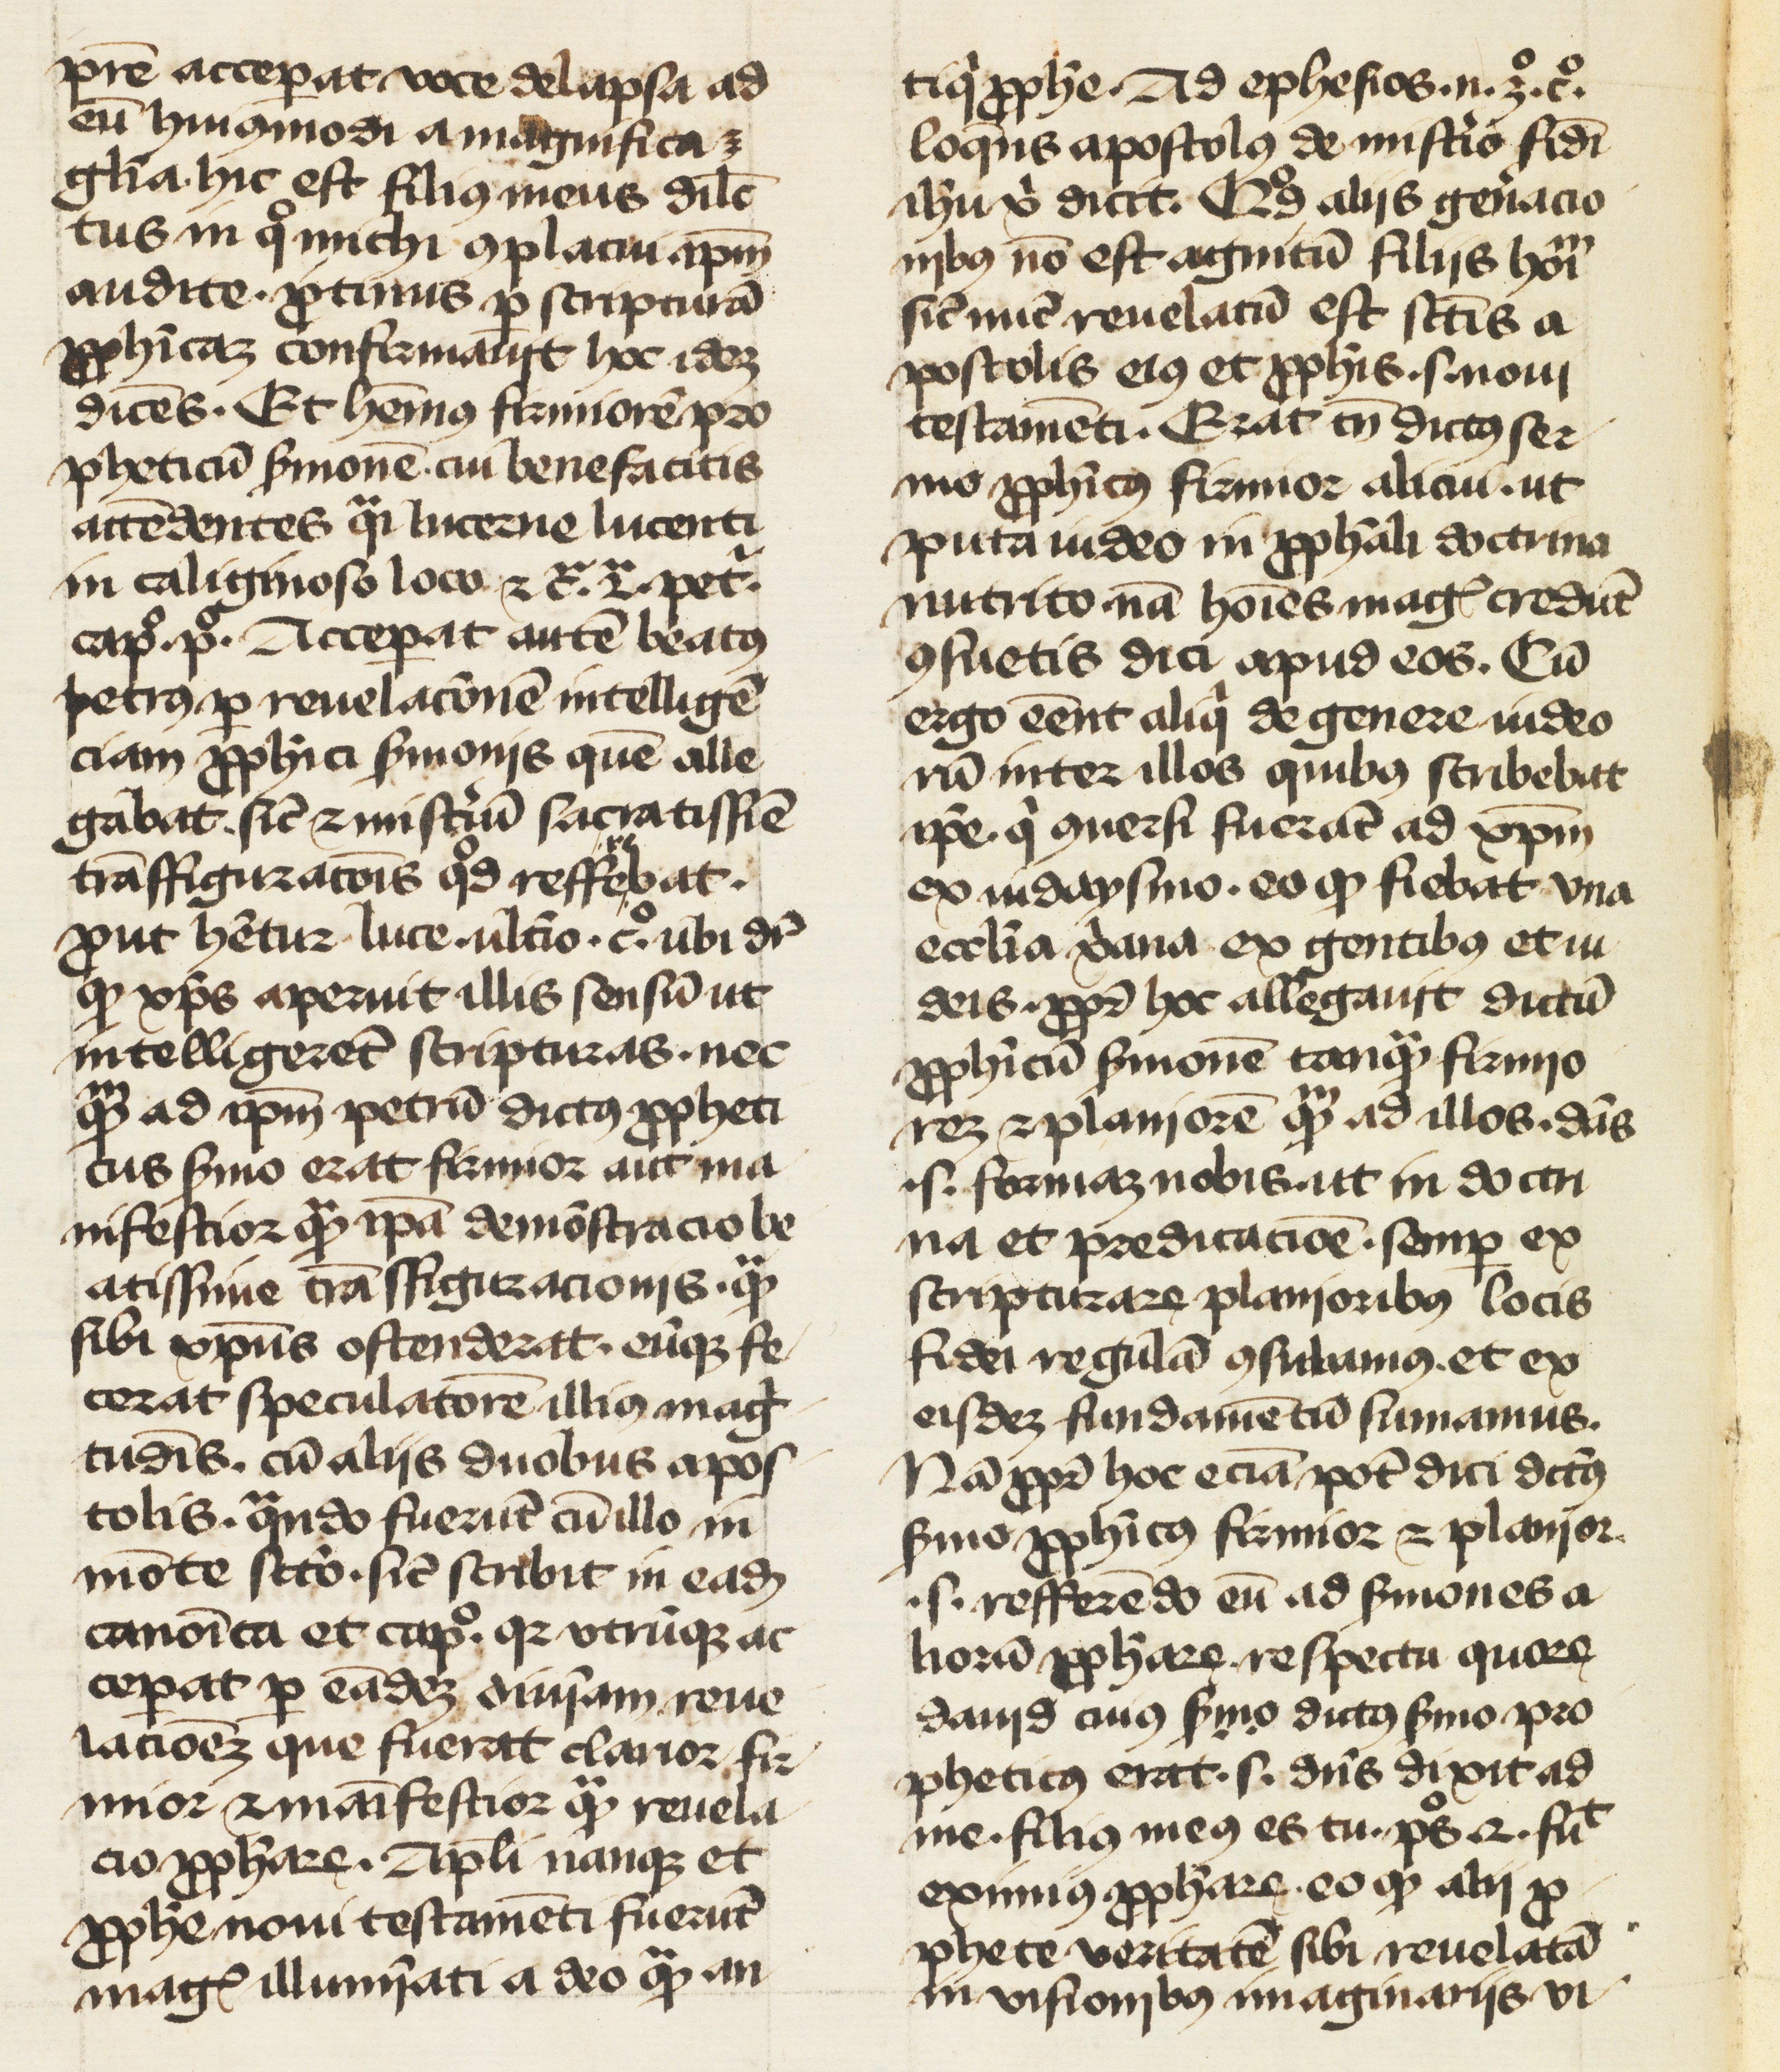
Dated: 1400–1499